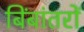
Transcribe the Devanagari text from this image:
बिंबांतरों